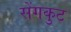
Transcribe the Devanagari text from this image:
सेंगकुट